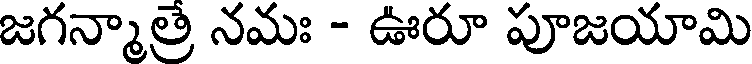
జగన్మాత్రే నమః - ఊరూ పూజయామి